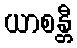
ယာစန္တီ